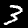
Label: 3